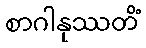
စာဂါနုဿတိံ